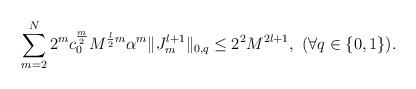
LaTeX: \begin{align*}\sum_{m=2}^N2^m c_0^{\frac{m}{2}}M^{\frac{l}{2}m}\alpha^m\|J_m^{l+1}\|_{0,q}\le 2^2M^{2l+1},\ (\forall q\in\{0,1\}).\end{align*}